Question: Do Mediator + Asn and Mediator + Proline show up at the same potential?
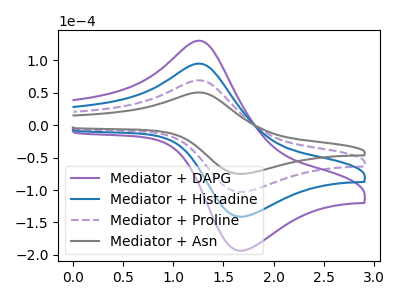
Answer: <think>The purple curve "Mediator + DAPG" has an anodic peak at (1.25V, 208.05uA) and a cathodic peak at (1.70V, -308.80uA). The blue curve "Mediator + Histadine" has an anodic peak at (1.25V, 138.70uA) and a cathodic peak at (1.70V, -205.85uA). The purple dashed curve "Mediator + Proline" has an anodic peak at (1.25V, 69.35uA) and a cathodic peak at (1.70V, -102.95uA). The gray curve "Mediator + Asn" has an anodic peak at (1.25V, 50.55uA) and a cathodic peak at (1.70V, -75.05uA).
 All the peaks in "Mediator + Asn" have a peak in "Mediator + Proline" at the same potential. Every peak in "Mediator + Asn" is lower than every peak in "Mediator + Proline".</think>
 <answer>"Mediator + Asn" and "Mediator + Proline" are similar in shape.</answer>
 <eval>same_shape</eval>